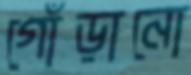
গোঁড়ানো